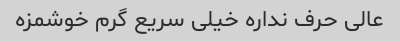
عالی حرف نداره خیلی سریع گرم خوشمزه